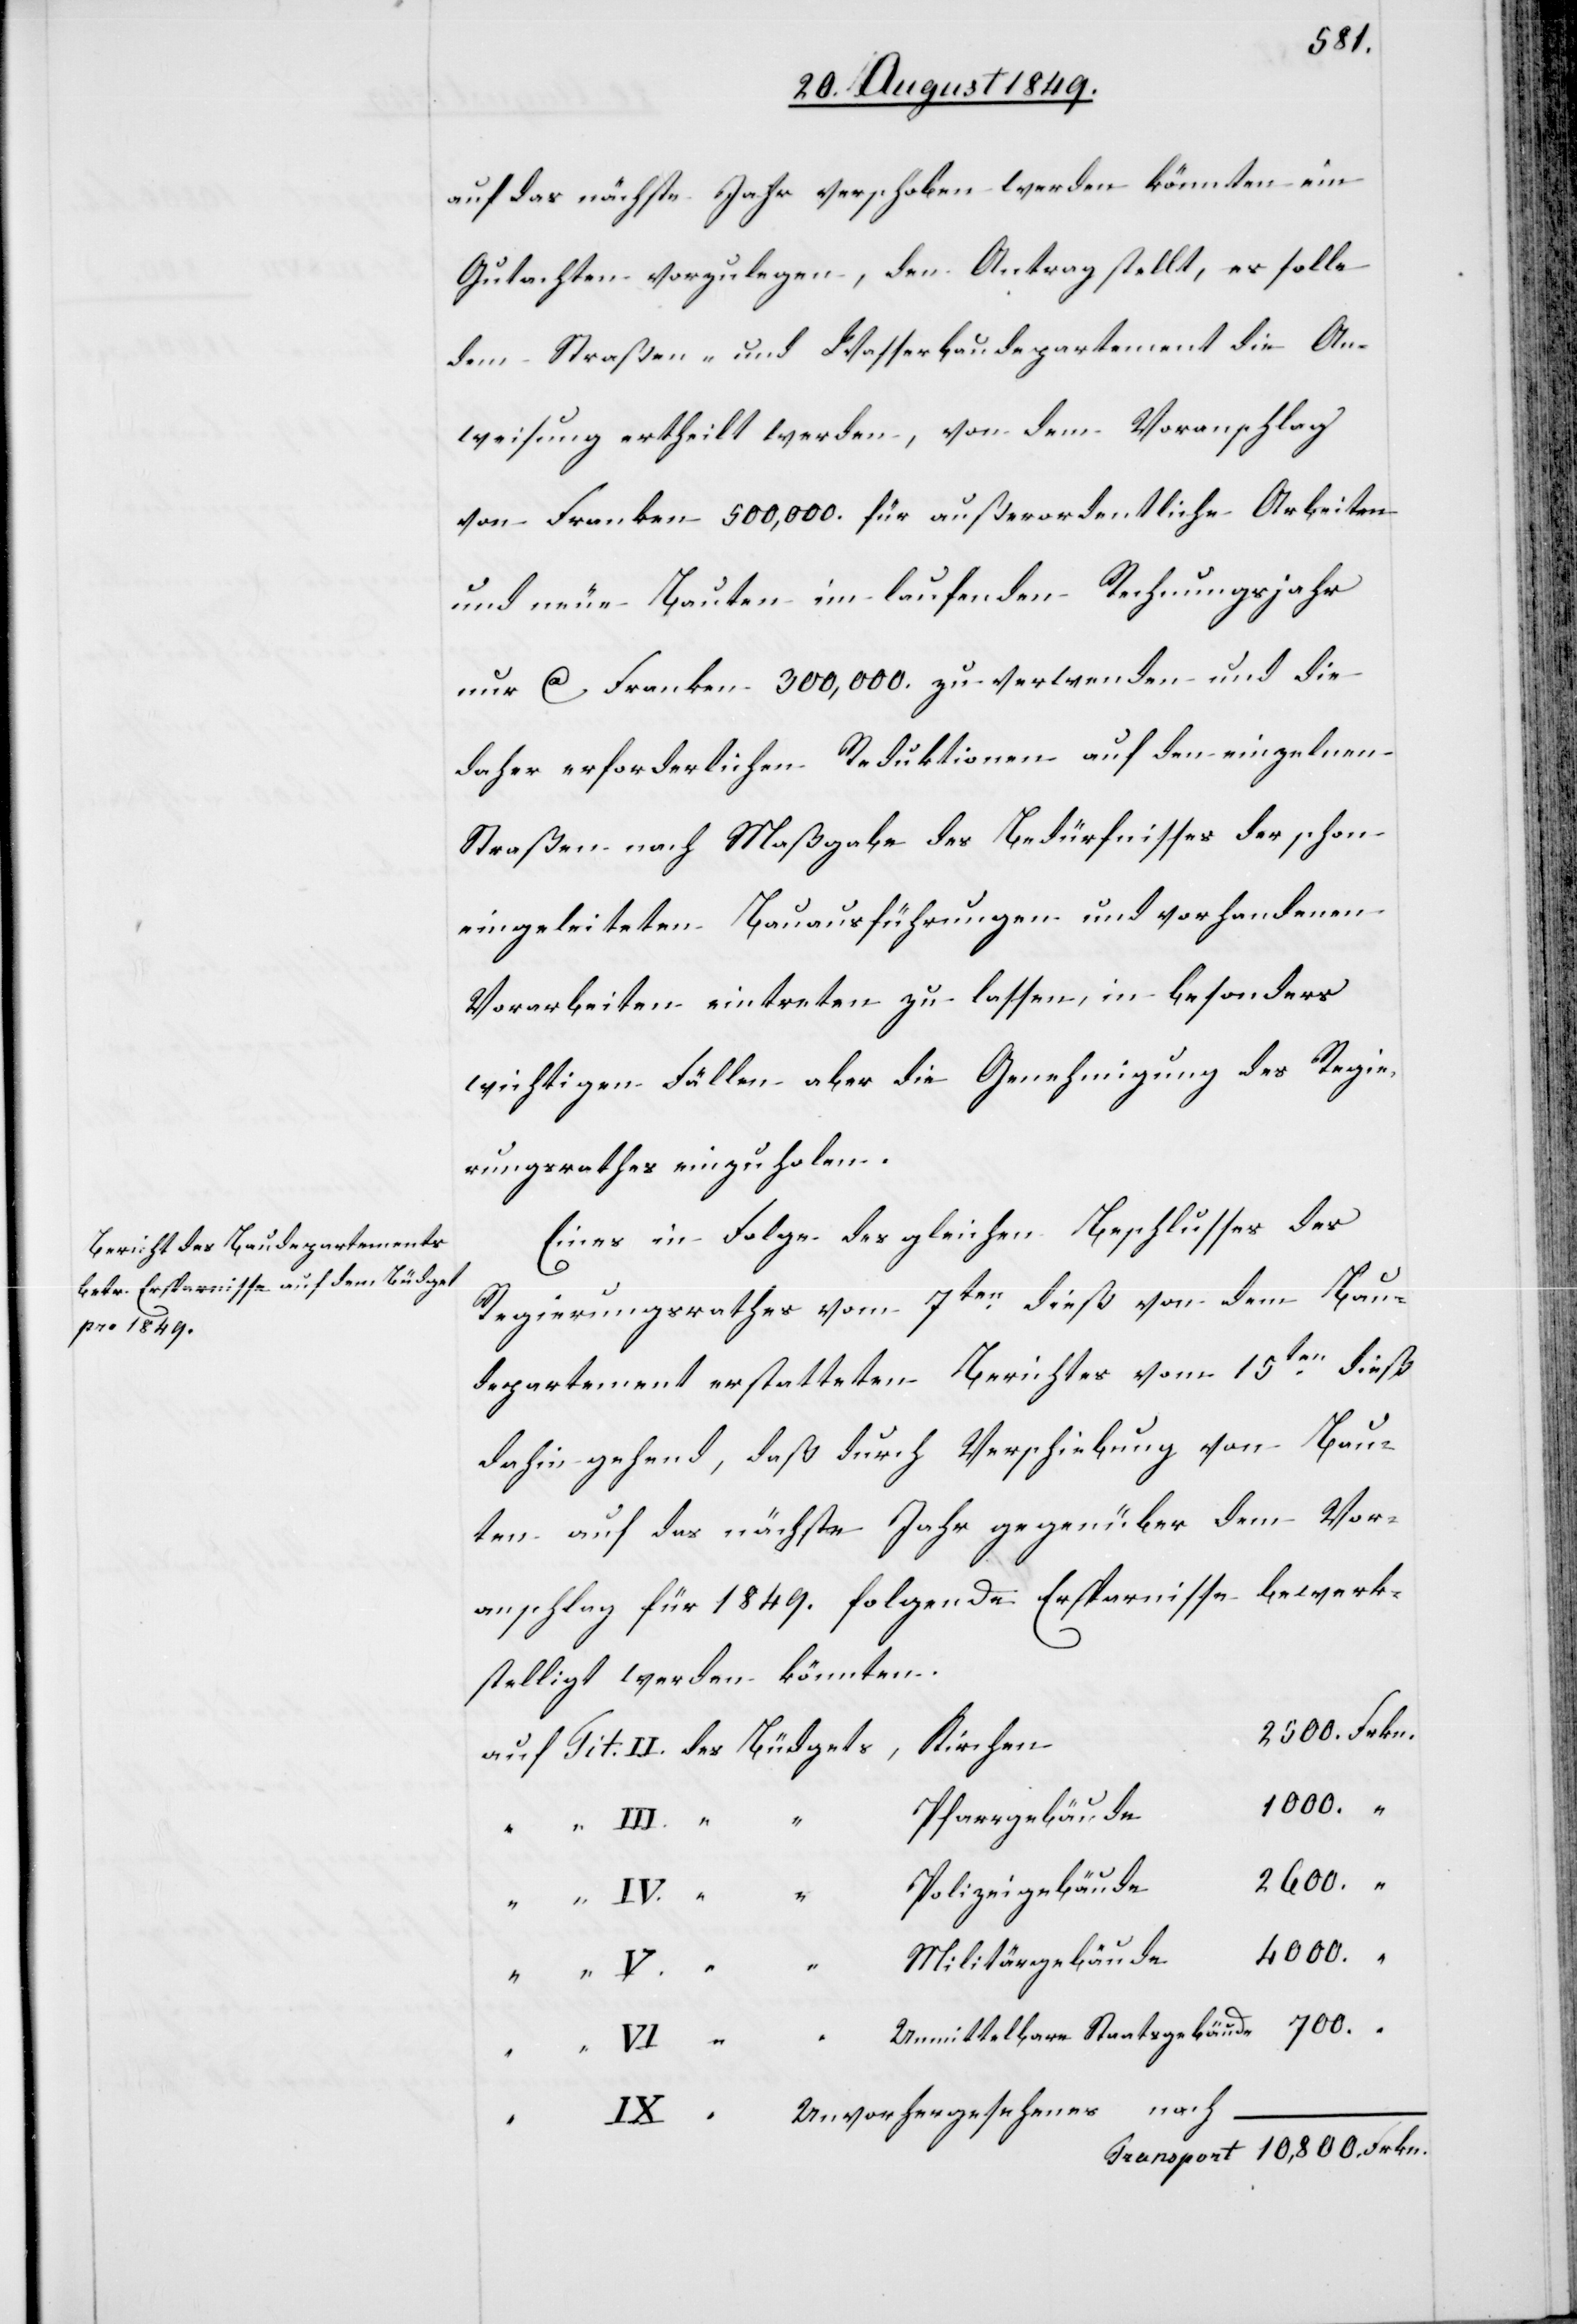
auf das nächste Jahr verschoben werden könnten ein
Gutachten vorzulegen, den Antrag stellt, es solle
dem Straßen- und Wasserbaudepartement die An¬
weisung ertheilt werden, von dem Voranschlag
von Franken 500,000. für außerordentliche Arbeiten
und neue Bauten im laufenden Rechnungsjahr
nur ca Franken 300,000. zu verwenden und die
daher erforderlichen Reduktionen auf den einzelnen
Straßen nach Maßgabe des Bedürfnisses der schon
eingeleiteten Bauausführungen und vorhandenen
Vorarbeiten eintreten zu lassen, in besonders
wichtigen Fällen aber die Genehmigung des Regie¬
rungsrathes einzuholen.
Eines in Folge des gleichen Beschlusses des
Regierungsrathes vom 7ten dieß von dem Bau¬
departement erstatteten Berichtes vom 15ten dieß
dahin gehend, daß durch Verschiebung von Bau¬
ten auf das nächste Jahr gegenüber dem Vor¬
anschlag für 1849. folgende Ersparnisse bewerk¬
stelligt werden könnten.
500.	Frkn.
Transport	10,800.	Frkn.